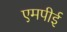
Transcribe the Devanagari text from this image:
एमपीई